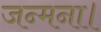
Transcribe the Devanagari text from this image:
जन्मना।